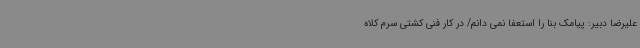
علیرضا دبیر: پیامک بنا را استعفا نمی دانم/ در کار فنی کشتی سرم کلاه